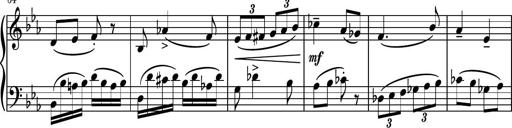
Title: Piano Sonatina No.5
Composer: Dimitri Sykias
Key: C minor